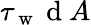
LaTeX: \tau_{\mathrm{~w~}}{\mathrm{~d~}A}